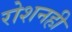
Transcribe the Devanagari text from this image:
रोशनही